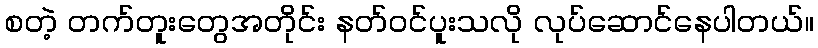
စတဲ့ တက်တူးတွေအတိုင်း နတ်ဝင်ပူးသလို လုပ်ဆောင်နေပါတယ်။